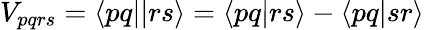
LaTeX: V_{pqrs}=\langle pq||rs\rangle=\langle pq|rs\rangle-\langle pq|sr\rangle